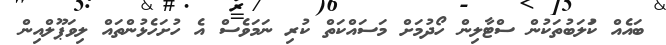
ބައެއް ކުަލަބުތަކުން ސްޓާލިން ހޯދުމަށް މަސައްކަތް ކުރި ނަމަވެސް އެ ހުށަހެޅުންތައް ލިވަޕޫލްއިން